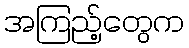
အကြည့်တွေက